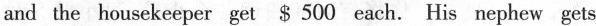
and the housekeeper get $500 each. His nephew gets